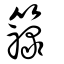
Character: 簶